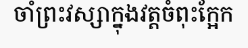
ចាំព្រះវស្សាក្នុងវត្តចំពុះក្អែក